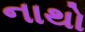
નાથો